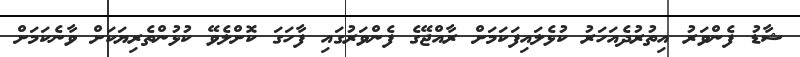
ޝާޑު ފެންވަރު އިތުރުދެއަހަރު ކުޅެލައިފަކަަމަށް ރާއްޖޭގެ ފެންވަރުގައި ފާހަގަ ކޮށްލެވޭ ކުޅުންތެރިޔަކަށް ވާނެކަމަށް